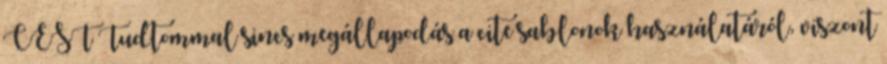
CEST Tudtommal sincs megállapodás a cite sablonok használatáról, viszont